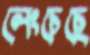
লেংচেছে